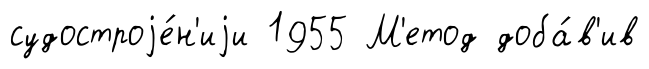
судостроjе́н'иjи 1955 М'етод доба́в'ив